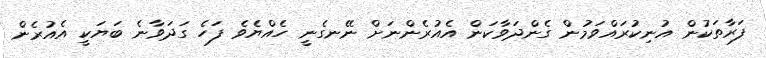
ފަރާތަކުން އުނިކުރައްވަމުން ގެންދަވާކަން އެއުރެންނަށް ނޭނގެނީ ހެއްޔެވެ ފަހެ ގަދަވާނެ ބަޔަކީ އެއުރެން